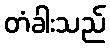
တံခါးသည်